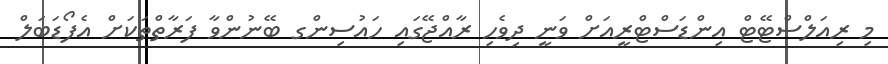
މި ރިއަލްސްޓޭޓް އިންޑަސްޓްރީއަށް ވަނީ ދިވެހި ރާއްޖޭގައި ހައުސިންގ ބޭނުންވާ ފަރާތްތަކަށް އެފޯޑަބަލް